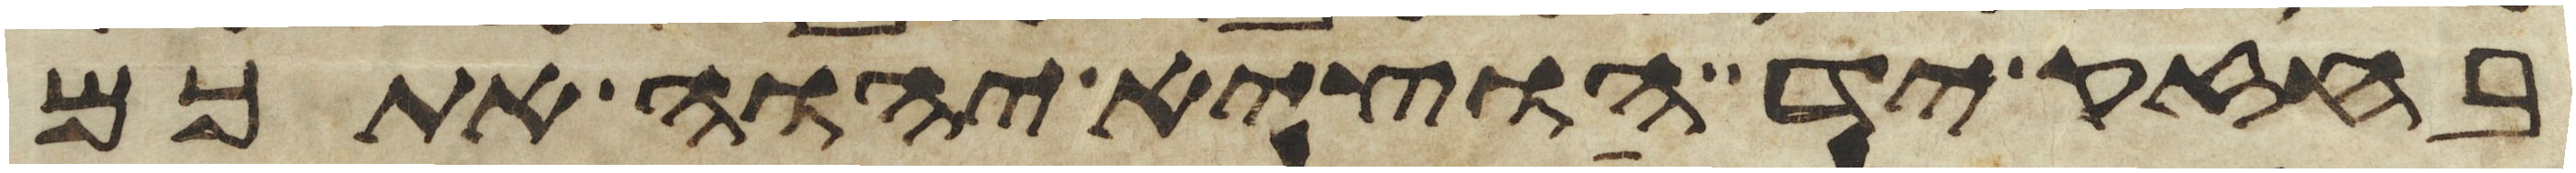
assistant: בחזק יד הוציא יהוה אתכם